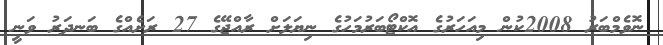
ނޮވެމްބަރު 2008ކުން މިއަހަރުގެ އޮކްޓޯބަރުމަހުގެ ނިޔަލަށް ރާއްޖޭގެ 27 ރަށެއްގެ ބަނދަރު ވަނީ